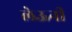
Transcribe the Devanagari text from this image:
लेऊनी